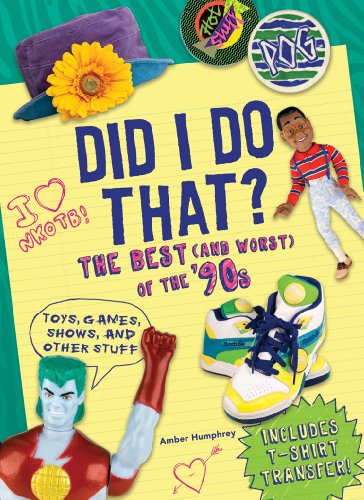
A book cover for Did I Do That?: The Best (and Worst) of the '90s - Toys, Games, Shows, and Other Stuff; Amber Humphrey; Humor & Entertainment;